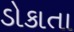
ડોકાતા